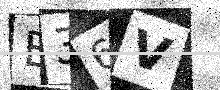
Text: B36V